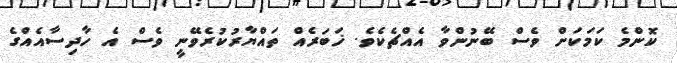
ކޮންމެ ކަމަކަށް ވެސް ބޭނުންވާ އެއްޗެކެވެ. ޚަބަރެއް ތައްޔާރުކުރެވޭނީ ވެސް އެ ހާދިސާއެއްގެ